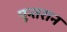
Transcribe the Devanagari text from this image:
पून्तरान